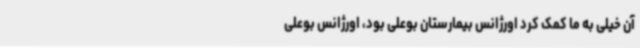
آن خیلی به ما کمک کرد اورژانس بیمارستان بوعلی بود، اورژانس بوعلی